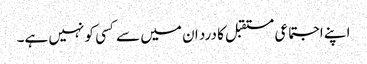
اپنے اجتماعی مستقبل کا درد ان میں سے کسی کو نہیں ہے۔